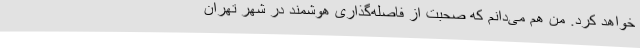
خواهد کرد. من هم می‌دانم که صحبت از فاصله‌گذاری هوشمند در شهر تهران